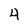
Character: 4